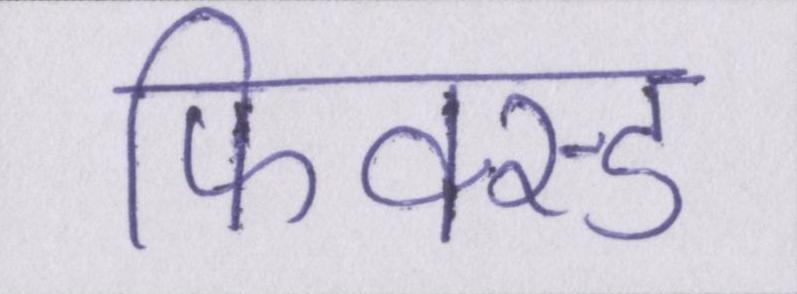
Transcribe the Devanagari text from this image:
फिक्स्ड